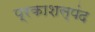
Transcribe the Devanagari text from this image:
प्रकाशस्पंद